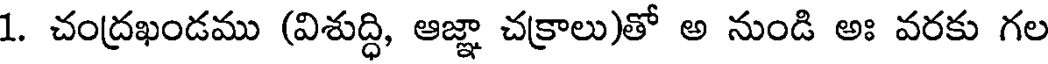
1. చంద్రఖండము (విశుద్ధి, ఆజ్ఞా చక్రాలు)తో అ నుండి అః వరకు గల